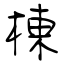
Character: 棟